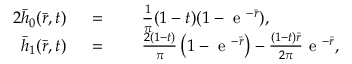
\begin{array} { r l r l } { { 2 } \bar { h } _ { 0 } ( \bar { r } , t ) } & { { } \; = } & { } & { { } \; \frac { 1 } { \pi } ( 1 - t ) ( 1 - \mathrm { ~ e ~ } ^ { - \bar { r } } ) , } \\ { \bar { h } _ { 1 } ( \bar { r } , t ) } & { { } \; = } & { } & { { } \; \frac { 2 ( 1 - t ) } { \pi } \left( 1 - \mathrm { ~ e ~ } ^ { - \bar { r } } \right) - \frac { ( 1 - t ) \bar { r } } { 2 \pi } \mathrm { ~ e ~ } ^ { - \bar { r } } , } \end{array}